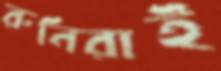
রুনিরাই